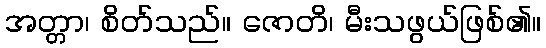
အတ္တာ၊ စိတ်သည်။ ဇောတိ၊ မီးသဖွယ်ဖြစ်၏။